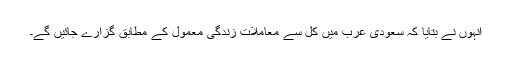
انہوں نے بتایا کہ سعودی عرب میں کل سے معاملات زندگی معمول کے مطابق گزارے جائیں گے۔